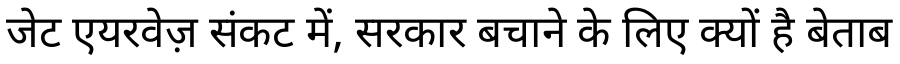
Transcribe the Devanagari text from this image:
जेट एयरवेज़ संकट में, सरकार बचाने के लिए क्यों है बेताब